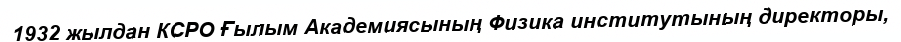
1932 жылдан КСРО Ғылым Академиясының Физика институтының директоры,